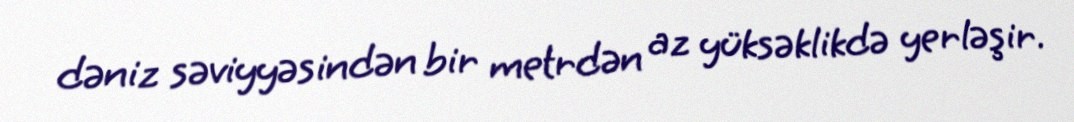
dəniz səviyyəsindən bir metrdən az yüksəklikdə yerləşir.